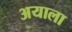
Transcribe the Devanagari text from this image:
अयाला